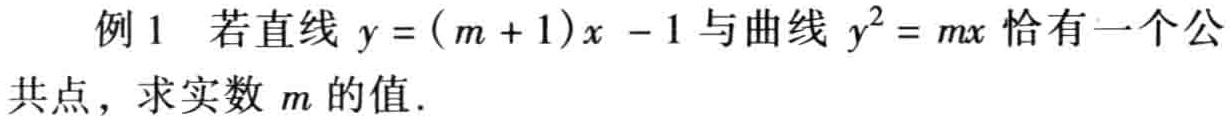
例1 若直线 \(y = (m + 1)x - 1\) 与曲线 \(y^{2}=mx\) 恰有一个公共点，求实数 \(m\) 的值.